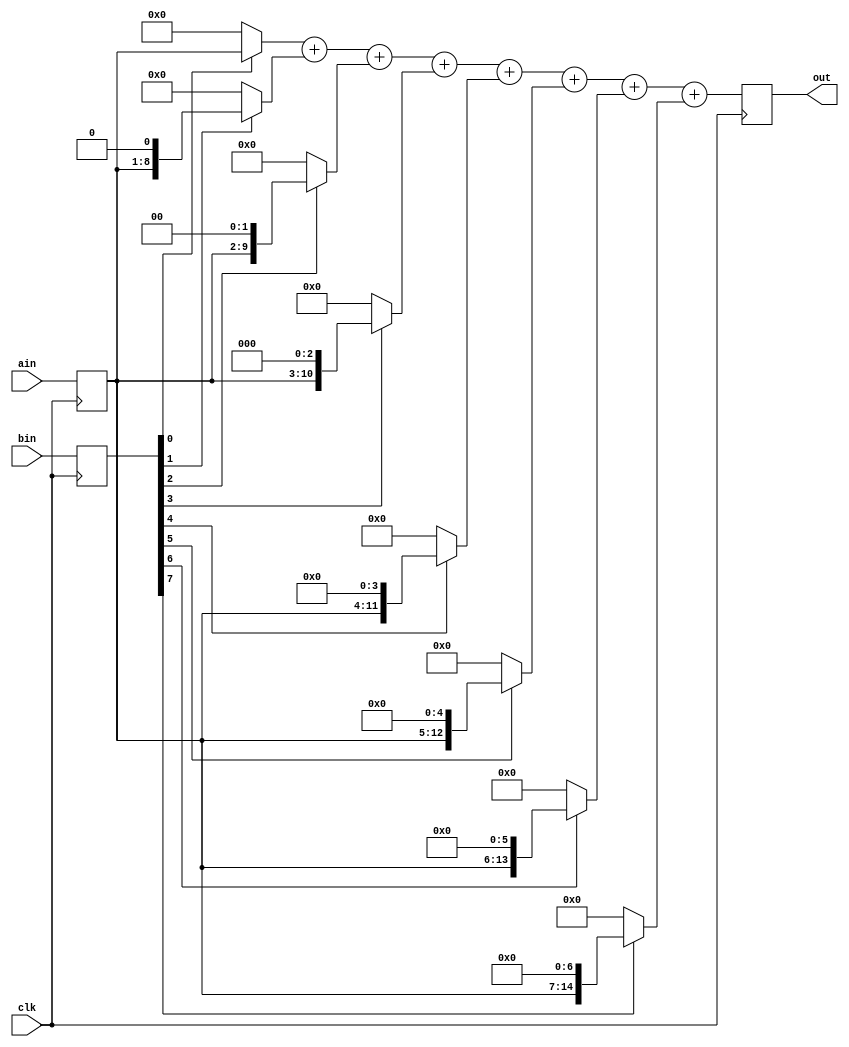
module mult2(ain,bin,out, clk);
input [7:0] ain;
input [7:0] bin;
output reg [15:0] out;
wire [15:0] a1,a2,a3,a4,a5,a6,a7,a8, result;
reg [7:0] a,b;
input clk;

  always @ ( posedge clk )
   begin
   a <= ain;
   b <= bin;
   out  <= result;
   end


assign a1=(b[0]==1'b1) ? {8'b00000000 , a } : 16'b0000000000000000;
assign a2=(b[1]==1'b1) ? {7'b0000000 , a , 1'b0} : 16'b0000000000000000;
assign a3=(b[2]==1'b1) ? {6'b000000 , a , 2'b00} : 16'b0000000000000000;
assign a4=(b[3]==1'b1) ? {5'b00000 , a , 3'b000} : 16'b0000000000000000;
assign a5=(b[4]==1'b1) ? {4'b0000 , a , 4'b0000} : 16'b0000000000000000;
assign a6=(b[5]==1'b1) ? {3'b000 , a , 5'b00000} : 16'b0000000000000000;
assign a7=(b[6]==1'b1) ? {2'b00 , a , 6'b000000} : 16'b0000000000000000;
assign a8=(b[7]==1'b1) ? {1'b0 , a , 7'b0000000} : 16'b0000000000000000;
assign result = a1+a2+a3+a4+a5+a6+a7+a8;
endmodule